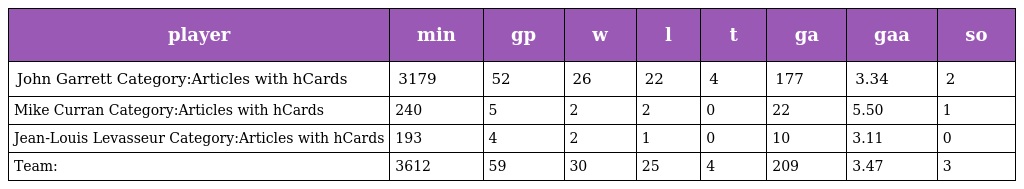
| player | min | gp | w | l | t | ga | gaa | so |
 | --- | --- | --- | --- | --- | --- | --- | --- | --- |
 | John Garrett Category:Articles with hCards | 3179 | 52 | 26 | 22 | 4 | 177 | 3.34 | 2 |
 | Mike Curran Category:Articles with hCards | 240 | 5 | 2 | 2 | 0 | 22 | 5.50 | 1 |
 | Jean-Louis Levasseur Category:Articles with hCards | 193 | 4 | 2 | 1 | 0 | 10 | 3.11 | 0 |
 | Team: | 3612 | 59 | 30 | 25 | 4 | 209 | 3.47 | 3 |